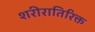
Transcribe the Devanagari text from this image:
शरीरातिरिक्त